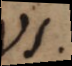
VI.